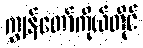
ကျွန်တော်ကိုယ်တိုင်